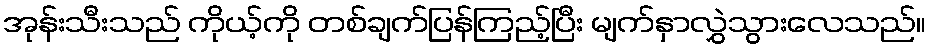
အုန်းသီးသည် ကိုယ့်ကို တစ်ချက်ပြန်ကြည့်ပြီး မျက်နှာလွှဲသွားလေသည်။